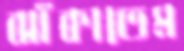
ঝাঁকাতেম